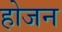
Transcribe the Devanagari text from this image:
होजन